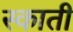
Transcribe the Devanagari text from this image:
स्काती